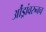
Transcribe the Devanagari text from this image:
औंड्रांवरुनच